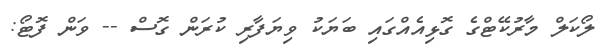
ލޯކަލް މާރުކޭޓްގެ ގޮޅިއެއްގައި ބަޔަކު ވިޔަފާރި ކުރަން ގޮސް -- ވަން ފޮޓޯ: